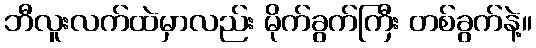
ဘီလူးလက်ထဲမှာလည်း မိုက်ခွက်ကြီး တစ်ခွက်နဲ့။